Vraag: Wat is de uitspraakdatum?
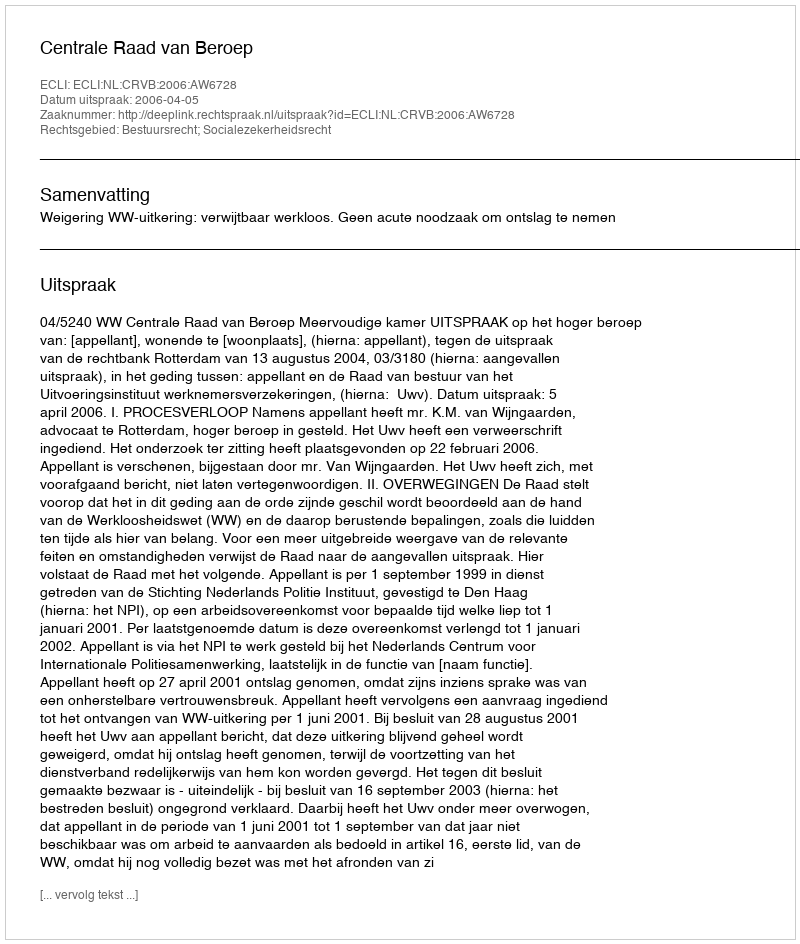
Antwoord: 2006-04-05